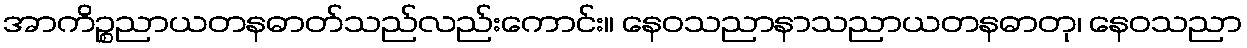
အာကိဉ္စညာယတနဓာတ်သည်လည်းကောင်း။ နေဝသညာနာသညာယတနဓာတု၊ နေဝသညာ